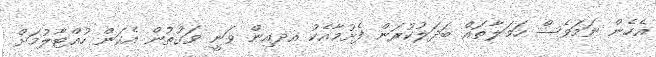
އެހެން ނަމަވެސް ހަމަލާތައް ބަދަލުކުރަން ފެށުމާއެކު އދއިން ވަނީ ވަގުތުން އެކަން ހުއްޓާލުމަށް